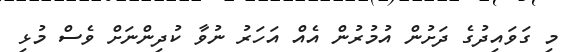
މި ގަވައިދުގެ ދަށުން އުމުރުން އެއް އަހަރު ނުވާ ކުދިންނަށް ވެސް މުޅި